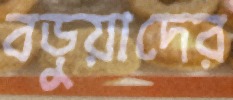
বড়ুয়াদের